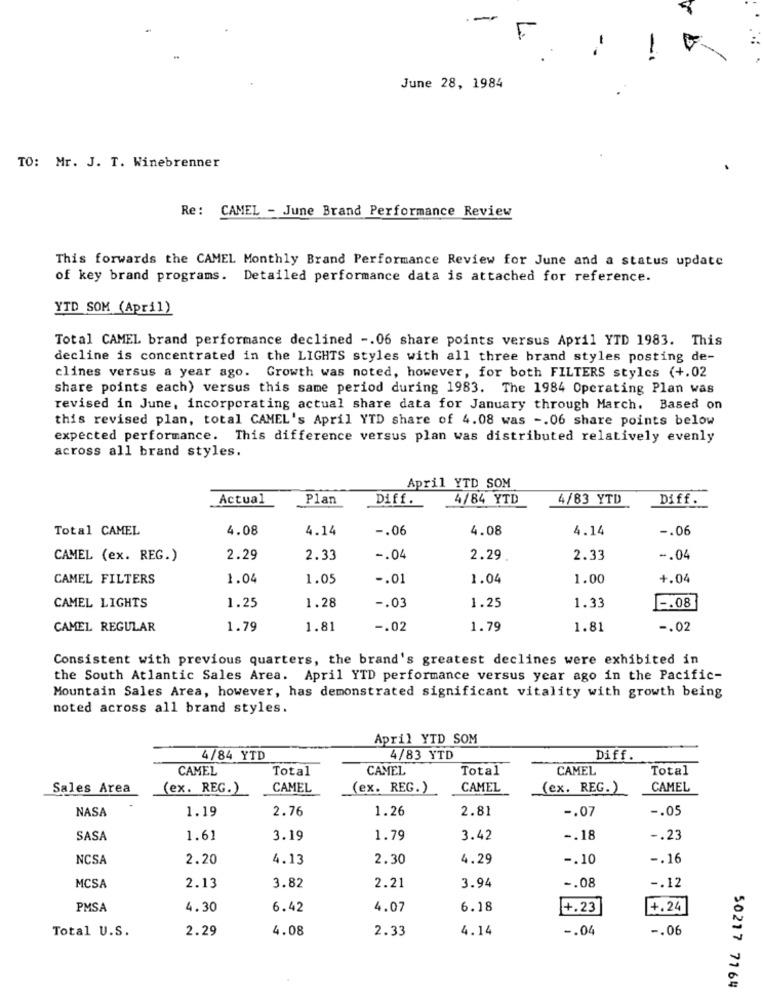
-
F
--
June 28, 1984
TO: Mr. J. T. Winebrenner
Re: CAMEL - June Brand Performance Review
This forwards the CAMEL Monthly Brand Performance Review for June and a status update
of key brand programs. Detailed performance data is attached for reference.
YTD SOM (April)
Total CAMEL brand performance declined -. 06 share points versus April YTD 1983. This
decline is concentrated in the LIGHTS styles with all three brand styles posting de-
clines versus a year ago. Growth was noted, however, for both FILTERS styles (+.02
share points each) versus this same period during 1983. The 1984 Operating Plan was
revised in June, incorporating actual share data for January through March. Based on
this revised plan, total CAMEL's April YTD share of 4.08 was -. 06 share points below
expected performance. This difference versus plan was distributed relatively evenly
across all brand styles.
April YTD SOM
Actual
Plan
Diff.
4/84 YTD
4/83 YTD
Diff.
Total CAMEL
4.08
4.14
-. 06
4.08
4.14
-. 06
CAMEL (ex. REG.)
2.29
2.33
-. 04
2.29
2.33
-. 04
CAMEL FILTERS
1.04
1.05
-. 01
1.04
1.00
+.04
1.28
-. 03
1.33
CAMEL LIGHTS
1.25
1.25
-. 08
CAMEL REGULAR
1.79
1.81
-. 02
1.79
1.81
-. 02
Consistent with previous quarters, the brand's greatest declines were exhibited in
the South Atlantic Sales Area. April YTD performance versus year ago in the Pacific-
Mountain Sales Area, however, has demonstrated significant vitality with growth being
noted across all brand styles.
April YTD SOM
4/84 YTD
4/83 YTD
Diff.
CAMEL
Total
CAMEL
Total
CAMEL
Total
Sales Area
(ex. REG.)
CAMEL
(ex. REG.)
CAMEL
(ex. REG.)
CAMEL
NASA
1.19
2.76
1.26
2.81
-. 05
-. 07
SASA
1.61
3.19
1.79
3.42
-. 18
-. 23
NCSA
2.20
4.13
2.30
4.29
-. 10
-. 16
MCSA
-. 08
-. 12
2.13
3.82
2.21
3.94
PMSA
4.30
6.42
4.07
6.18
+.23
4.24
Total U.S.
2.29
4.08
2.33
4.14
-. 04
-. 06
50217 7164